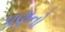
પણનો